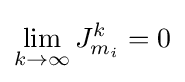
\lim _{k\to \infty }J_{m_{i}}^{k}=0